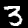
Digit: 3